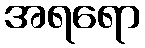
အရရော